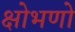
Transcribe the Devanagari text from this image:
क्षोभणो